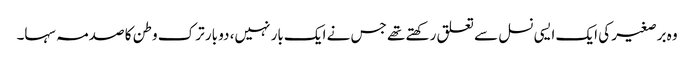
وہ برصغیر کی ایک ایسی نسل سے تعلق رکھتے تھے جس نے ایک بار نہیں، دو بار ترک وطن کا صدمہ سہا۔